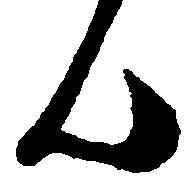
ん